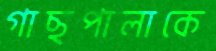
গাছপালাকে